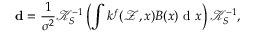
\mathbf { d } = \frac { 1 } { \sigma ^ { 2 } } \mathcal { K } _ { S } ^ { - 1 } \left( \int k ^ { f } ( \mathcal { Z } , x ) B ( x ) \mathrm { ~ d ~ } x \right) \mathcal { K } _ { S } ^ { - 1 } ,